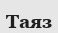
Таяз